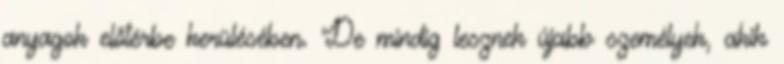
anyagok előtérbe kerülésében. De mindig lesznek újabb személyek, akik